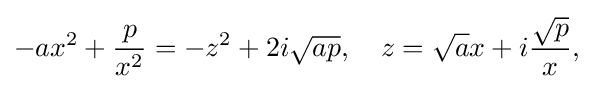
{\begin{aligned}-ax^{2}+{\frac {p}{x^{2}}}=-z^{2}+2i{\sqrt {ap}},\quad z={\sqrt {a}}x+i{\frac {\sqrt {p}}{x}},\end{aligned}}